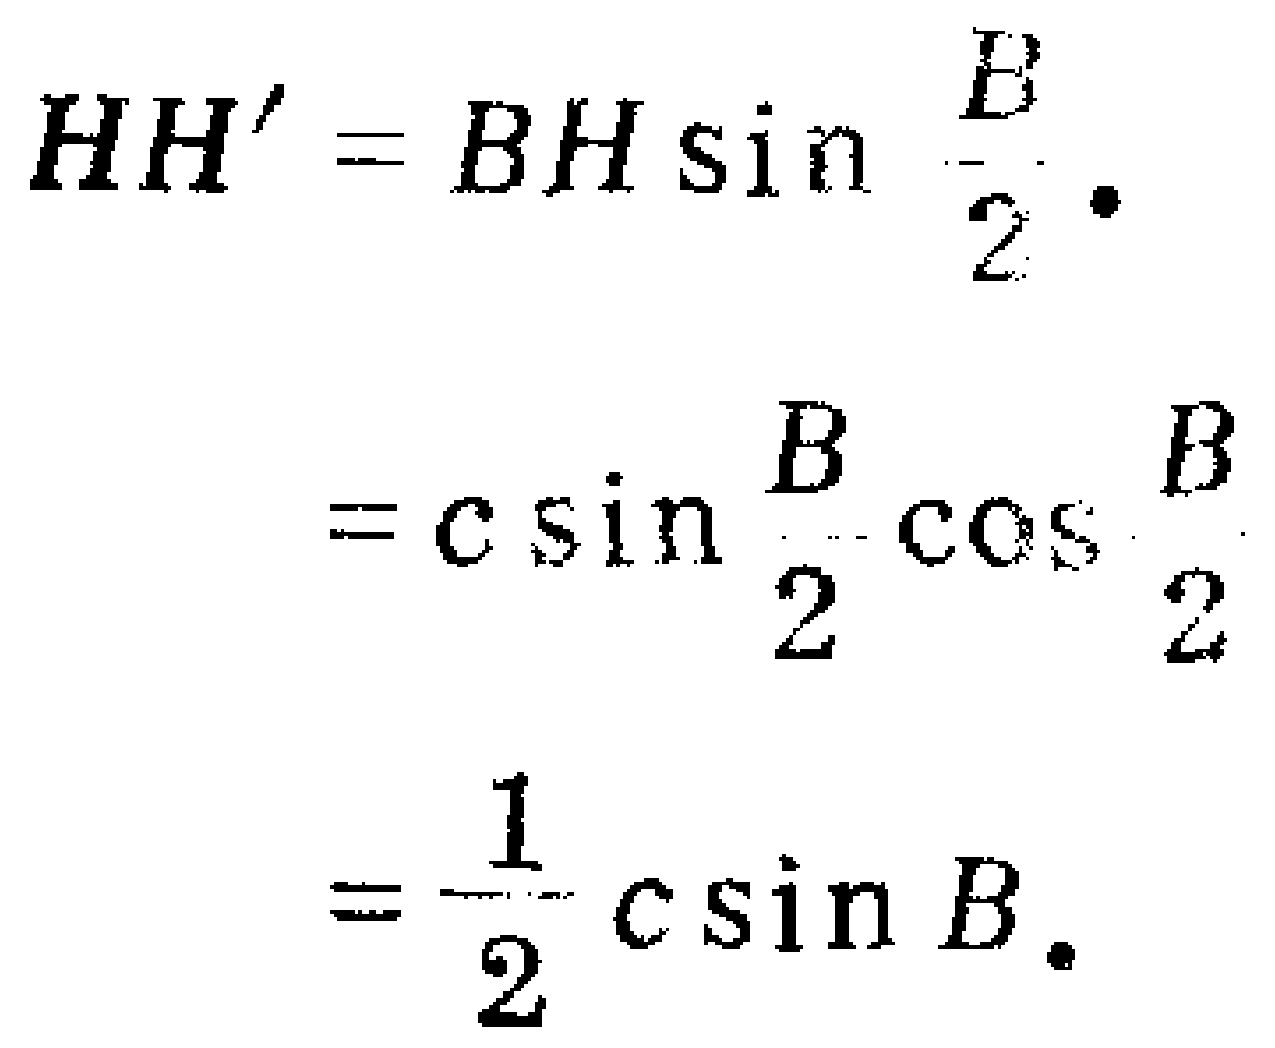
\[

\begin{align*}

HH^{\prime}&=BH\sin\frac{B}{2}\\

&=c\sin\frac{B}{2}\cos\frac{B}{2}\\

&=\frac{1}{2}c\sin B.

\end{align*}

\]